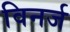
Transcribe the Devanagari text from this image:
विनर्ज